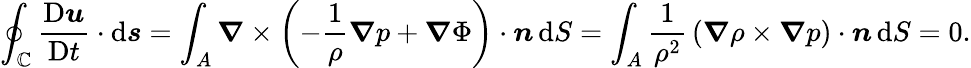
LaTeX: \oint_{\mathbb{C}}{\frac{{\mathrm{{D}}{\boldsymbol{u}}}}{{\mathrm{{D}}t}}}\cdot\mathrm{{d}}{\boldsymbol{s}}=\int_{A}{\boldsymbol{\nabla}}\times\left(-{\frac{{1}}{{\rho}}}{\boldsymbol{\nabla}}p+{\boldsymbol{\nabla}}\Phi\right)\cdot{\boldsymbol{n}}\, \mathrm{{d}}S=\int_{A}{\frac{{1}}{{\rho^{2}}}}\left({\boldsymbol{\nabla}}\rho\times{\boldsymbol{\nabla}}p\right)\cdot{\boldsymbol{n}}\, \mathrm{{d}}S=0.